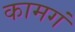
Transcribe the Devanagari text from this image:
कामगं